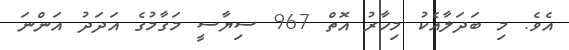
އެވެ. މި ބަދަލާއެކު މިހާރު އޮތް 967 ސިޔާސީ މަގާމުގެ އަދަދު އަންނަ